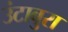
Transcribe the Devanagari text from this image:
उंटाबुरा